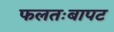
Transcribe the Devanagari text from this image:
फलतःबापट